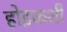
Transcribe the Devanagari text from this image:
होइकशी